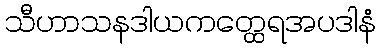
သီဟာသနဒါယကတ္ထေရအပဒါနံ